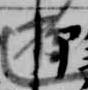
遊